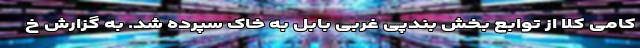
کامی کلا از توابع بخش بندپی غربی بابل به خاک سپرده شد. به گزارش خ